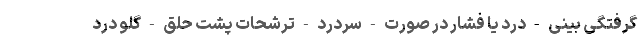
گرفتگی بینی - درد یا فشار در صورت - سردرد - ترشحات پشت حلق - گلو درد